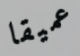
عميقا